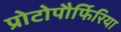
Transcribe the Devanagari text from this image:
प्रोटोपौर्फिरिया